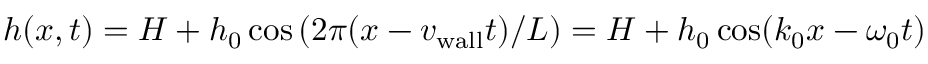
h ( x , t ) = H + h _ { 0 } \cos \left( 2 \pi ( x - { v _ { \mathrm { w a l l } } } t ) / L \right) = H + h _ { 0 } \cos ( k _ { 0 } x - \omega _ { 0 } t )